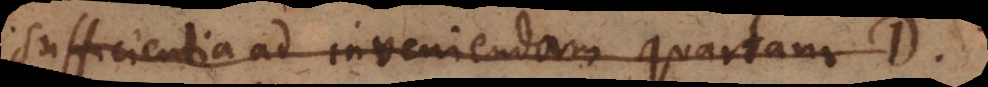
sufficientia ad inveniendam quartam D.